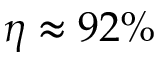
\eta \approx 9 2 \%